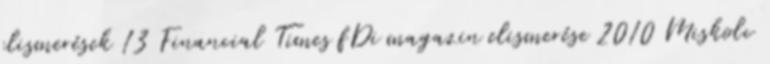
elismerések 13 Financial Times fDi magazin elismerése 2010 Miskolc